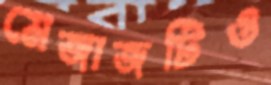
মেজাজটিও